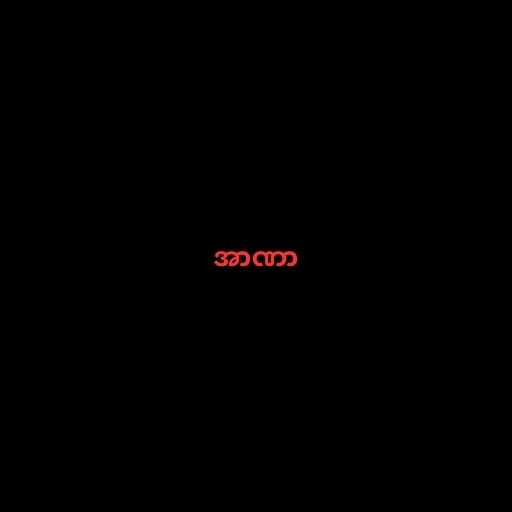
အာဏာ